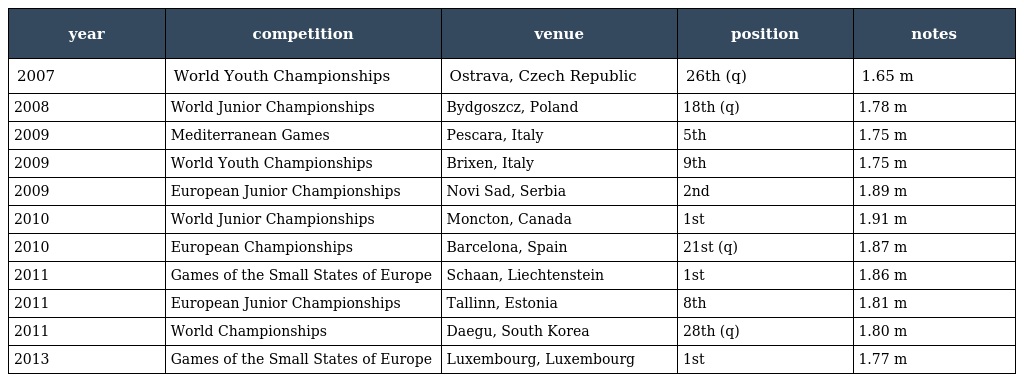
| year | competition | venue | position | notes |
 | --- | --- | --- | --- | --- |
 | 2007 | World Youth Championships | Ostrava, Czech Republic | 26th (q) | 1.65 m |
 | 2008 | World Junior Championships | Bydgoszcz, Poland | 18th (q) | 1.78 m |
 | 2009 | Mediterranean Games | Pescara, Italy | 5th | 1.75 m |
 | 2009 | World Youth Championships | Brixen, Italy | 9th | 1.75 m |
 | 2009 | European Junior Championships | Novi Sad, Serbia | 2nd | 1.89 m |
 | 2010 | World Junior Championships | Moncton, Canada | 1st | 1.91 m |
 | 2010 | European Championships | Barcelona, Spain | 21st (q) | 1.87 m |
 | 2011 | Games of the Small States of Europe | Schaan, Liechtenstein | 1st | 1.86 m |
 | 2011 | European Junior Championships | Tallinn, Estonia | 8th | 1.81 m |
 | 2011 | World Championships | Daegu, South Korea | 28th (q) | 1.80 m |
 | 2013 | Games of the Small States of Europe | Luxembourg, Luxembourg | 1st | 1.77 m |